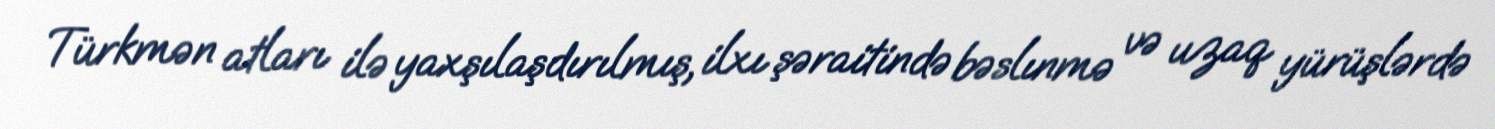
Türkmən atları ilə yaxşılaşdırılmış, ilxı şəraitində bəslınmə və uzaq yürüşlərdə